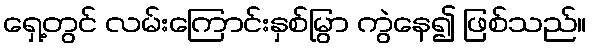
ရှေ့တွင် လမ်းကြောင်းနှစ်မြွာ ကွဲနေ၍ ဖြစ်သည်။